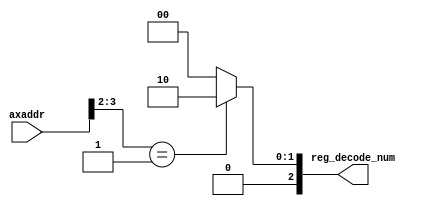
// -- (c) Copyright 2013 Xilinx, Inc. All rights reserved. 
// --                                                             
// -- This file contains confidential and proprietary information 
// -- of Xilinx, Inc. and is protected under U.S. and             
// -- international copyright and other intellectual property     
// -- laws.                                                       
// --                                                             
// -- DISCLAIMER                                                  
// -- This disclaimer is not a license and does not grant any     
// -- rights to the materials distributed herewith. Except as     
// -- otherwise provided in a valid license issued to you by      
// -- Xilinx, and to the maximum extent permitted by applicable   
// -- law: (1) THESE MATERIALS ARE MADE AVAILABLE "AS IS" AND     
// -- WITH ALL FAULTS, AND XILINX HEREBY DISCLAIMS ALL WARRANTIES 
// -- AND CONDITIONS, EXPRESS, IMPLIED, OR STATUTORY, INCLUDING   
// -- BUT NOT LIMITED TO WARRANTIES OF MERCHANTABILITY, NON-      
// -- INFRINGEMENT, OR FITNESS FOR ANY PARTICULAR PURPOSE; and    
// -- (2) Xilinx shall not be liable (whether in contract or tort,
// -- including negligence, or under any other theory of          
// -- liability) for any loss or damage of any kind or nature     
// -- related to, arising under or in connection with these       
// -- materials, including for any direct, or any indirect,       
// -- special, incidental, or consequential loss or damage        
// -- (including loss of data, profits, goodwill, or any type of  
// -- loss or damage suffered as a result of any action brought   
// -- by a third party) even if such damage or loss was           
// -- reasonably foreseeable or Xilinx had been advised of the    
// -- possibility of the same.                                    
// --                                                             
// -- CRITICAL APPLICATIONS                                       
// -- Xilinx products are not designed or intended to be fail-    
// -- safe, or for use in any application requiring fail-safe     
// -- performance, such as life-support or safety devices or      
// -- systems, Class III medical devices, nuclear facilities,     
// -- applications related to the deployment of airbags, or any   
// -- other applications that could lead to death, personal       
// -- injury, or severe property or environmental damage          
// -- (individually and collectively, "Critical                   
// -- Applications"). Customer assumes the sole risk and          
// -- liability of any use of Xilinx products in Critical         
// -- Applications, subject only to applicable laws and           
// -- regulations governing limitations on product liability.     
// --                                                             
// -- THIS COPYRIGHT NOTICE AND DISCLAIMER MUST BE RETAINED AS    
// -- PART OF THIS FILE AT ALL TIMES.                             
// --  
///////////////////////////////////////////////////////////////////////////////
//
//
// Description: 
//
// Specifications:
//
// Structure:
//
///////////////////////////////////////////////////////////////////////////////
`timescale 1ps/1ps
`default_nettype none

module mig_7series_v4_1_axi_ctrl_addr_decode #
(
///////////////////////////////////////////////////////////////////////////////
// Parameter Definitions
///////////////////////////////////////////////////////////////////////////////
  // Width of AXI-4-Lite address bus
  parameter integer C_ADDR_WIDTH        = 32,
  // Number of Registers
  parameter integer C_NUM_REG           = 5,
  parameter integer C_NUM_REG_WIDTH     = 3,
  // Number of Registers
  parameter         C_REG_ADDR_ARRAY = 160'h0000_f00C_0000_f008_0000_f004_0000_f000_FFFF_FFFF,
  parameter         C_REG_RDWR_ARRAY = 5'b00101

)
(
///////////////////////////////////////////////////////////////////////////////
// Port Declarations     
///////////////////////////////////////////////////////////////////////////////
  // AXI4-Lite Slave Interface
  // Slave Interface System Signals           
  input  wire [C_ADDR_WIDTH-1:0]            axaddr          , 
  // Slave Interface Write Data Ports
  output wire [C_NUM_REG_WIDTH-1:0]         reg_decode_num
);

////////////////////////////////////////////////////////////////////////////////
// Functions
////////////////////////////////////////////////////////////////////////////////

function [C_ADDR_WIDTH-1:0] calc_bit_mask (
  input [C_NUM_REG*C_ADDR_WIDTH-1:0] addr_decode_array
);
begin : func_calc_bit_mask
  integer i;
  reg [C_ADDR_WIDTH-1:0] first_addr;
  reg [C_ADDR_WIDTH-1:0] bit_mask;

  calc_bit_mask = {C_ADDR_WIDTH{1'b0}};
  first_addr = addr_decode_array[C_ADDR_WIDTH+:C_ADDR_WIDTH];

  for (i = 2; i < C_NUM_REG; i = i + 1) begin
    bit_mask = first_addr ^ addr_decode_array[C_ADDR_WIDTH*i +: C_ADDR_WIDTH];
    calc_bit_mask = calc_bit_mask | bit_mask;
  end
end
endfunction

function integer lsb_mask_index (
  input [C_ADDR_WIDTH-1:0] mask
);
begin : my_lsb_mask_index
  lsb_mask_index = 0;
  while ((lsb_mask_index < C_ADDR_WIDTH-1) && ~mask[lsb_mask_index]) begin 
    lsb_mask_index = lsb_mask_index + 1;
  end
end
endfunction

function integer msb_mask_index (
  input [C_ADDR_WIDTH-1:0] mask
);
begin : my_msb_mask_index
  msb_mask_index = C_ADDR_WIDTH-1;
  while ((msb_mask_index > 0) && ~mask[msb_mask_index]) begin 
      msb_mask_index = msb_mask_index - 1;
  end
end
endfunction

////////////////////////////////////////////////////////////////////////////////
// Local parameters
////////////////////////////////////////////////////////////////////////////////
localparam P_ADDR_BIT_MASK      = calc_bit_mask(C_REG_ADDR_ARRAY);
localparam P_MASK_LSB           = lsb_mask_index(P_ADDR_BIT_MASK);
localparam P_MASK_MSB           = msb_mask_index(P_ADDR_BIT_MASK);
localparam P_MASK_WIDTH         = P_MASK_MSB - P_MASK_LSB + 1;

////////////////////////////////////////////////////////////////////////////////
// Wires/Reg declarations
////////////////////////////////////////////////////////////////////////////////
integer i;
(* rom_extract = "no" *)
reg [C_NUM_REG_WIDTH-1:0] reg_decode_num_i;

////////////////////////////////////////////////////////////////////////////////
// BEGIN RTL
///////////////////////////////////////////////////////////////////////////////
always @(*) begin 
  reg_decode_num_i = {C_NUM_REG_WIDTH{1'b0}};
  for (i = 1; i < C_NUM_REG; i = i + 1) begin : decode_addr
    if ((axaddr[P_MASK_MSB:P_MASK_LSB] == C_REG_ADDR_ARRAY[i*C_ADDR_WIDTH+P_MASK_LSB+:P_MASK_WIDTH]) 
        && C_REG_RDWR_ARRAY[i] ) begin
      reg_decode_num_i = i[C_NUM_REG_WIDTH-1:0];
    end
  end
end

assign reg_decode_num = reg_decode_num_i;

endmodule

`default_nettype wire